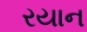
રયાન